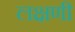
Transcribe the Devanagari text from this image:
लक्षणी